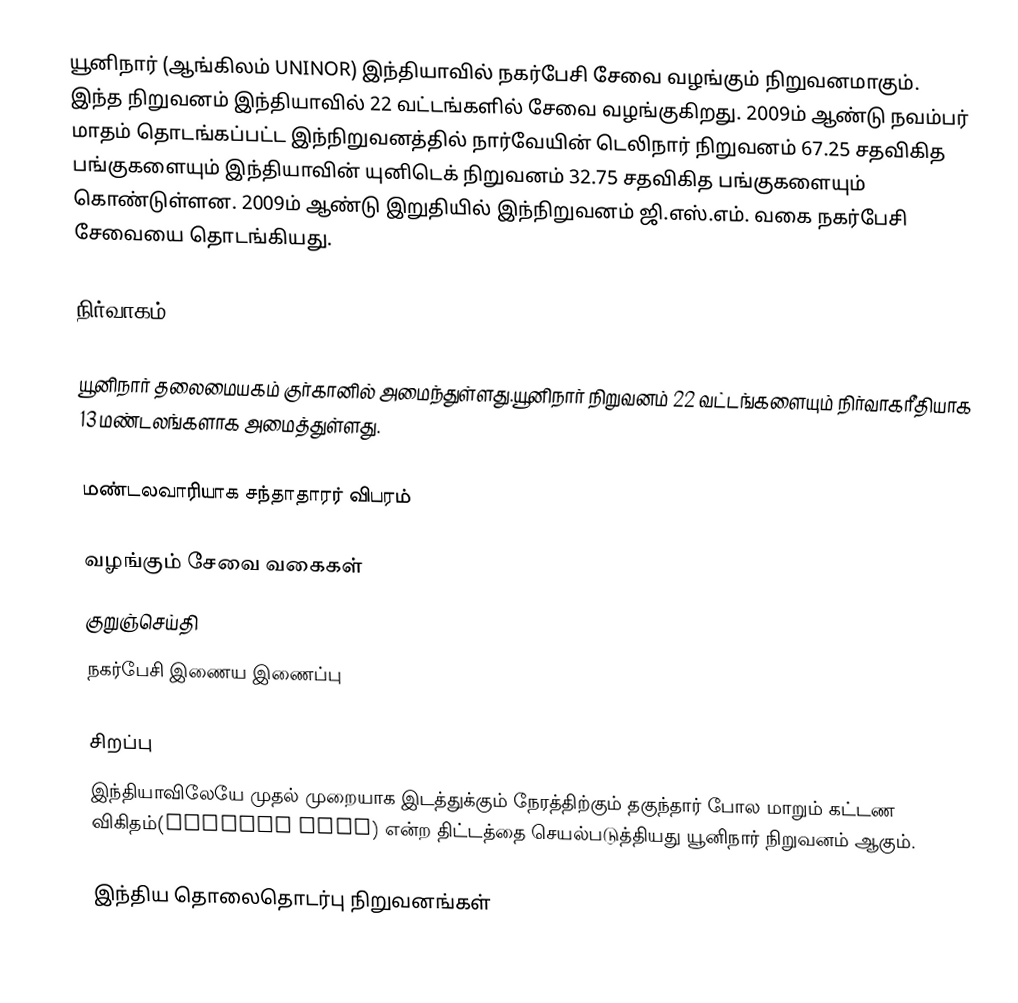
யூனிநார் (ஆங்கிலம் UNINOR) இந்தியாவில் நகர்பேசி சேவை வழங்கும் நிறுவனமாகும். இந்த நிறுவனம் இந்தியாவில் 22 வட்டங்களில் சேவை வழங்குகிறது. 2009ம் ஆண்டு நவம்பர் மாதம் தொடங்கப்பட்ட இந்நிறுவனத்தில் நார்வேயின் டெலிநார் நிறுவனம் 67.25 சதவிகித பங்குகளையும் இந்தியாவின் யுனிடெக் நிறுவனம் 32.75 சதவிகித பங்குகளையும் கொண்டுள்ளன. 2009ம் ஆண்டு இறுதியில் இந்நிறுவனம் ஜி.எஸ்.எம். வகை நகர்பேசி சேவையை தொடங்கியது.

நிர்வாகம்

யூனிநார் தலைமையகம் குர்கானில் அமைந்துள்ளது.யூனிநார் நிறுவனம் 22 வட்டங்களையும் நிர்வாகரீதியாக 13 மண்டலங்களாக அமைத்துள்ளது.

மண்டலவாரியாக சந்தாதாரர் விபரம்

வழங்கும் சேவை வகைகள்
 குறுஞ்செய்தி
 நகர்பேசி இணைய இணைப்பு

சிறப்பு
இந்தியாவிலேயே முதல் முறையாக இடத்துக்கும் நேரத்திற்கும் தகுந்தார் போல மாறும் கட்டண விகிதம்(Dynamic Plan) என்ற திட்டத்தை செயல்படுத்தியது யூனிநார் நிறுவனம் ஆகும்.

 இந்திய தொலைதொடர்பு நிறுவனங்கள்